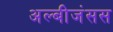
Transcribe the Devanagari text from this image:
अल्बीजंसस